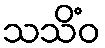
သသိံဝ